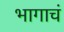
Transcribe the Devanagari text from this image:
भागाचं